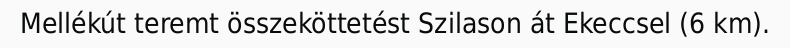
Mellékút teremt összeköttetést Szilason át Ekeccsel (6 km).